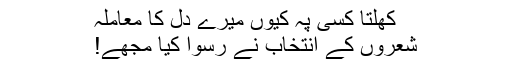
کھلتا کسی پہ کیوں میرے دل کا معاملہ
شعروں کے انتخاب نے رسوا کیا مجھے!